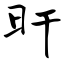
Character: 旰